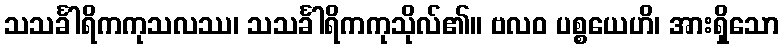
သသင်္ခါရိကကုသလဿ၊ သသင်္ခါရိကကုသိုလ်၏။ ဗလဝ ပစ္စယေဟိ၊ အားရှိသော